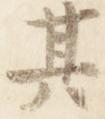
其